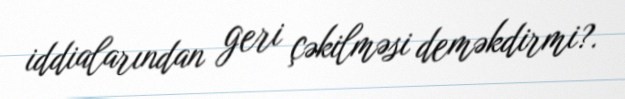
iddialarından geri çəkilməsi deməkdirmi?.